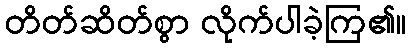
တိတ်ဆိတ်စွာ လိုက်ပါခဲ့ကြ၏။